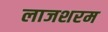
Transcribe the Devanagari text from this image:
लाजशरम